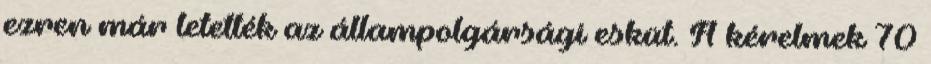
ezren már letették az állampolgársági esküt. A kérelmek 70